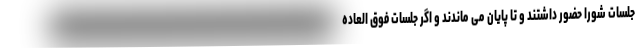
جلسات شورا حضور داشتند و تا پایان می ماندند و اگر جلسات فوق العاده